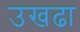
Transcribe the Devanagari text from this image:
उखढा